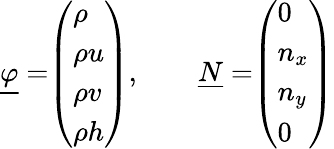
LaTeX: \underline{{\varphi}}=\begin{array}{l}{\left(\begin{array}{l}{\rho}\\ {\rho u}\\ {\rho v}\\ {\rho h}\end{array}\right)}\end{array},\quad\quad\underline{{N}}=\begin{array}{l}{\left(\begin{array}{l}{0}\\ {n_{x}}\\ {n_{y}}\\ {0}\end{array}\right)}\end{array}